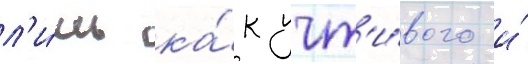
л'и́шь ка́к учт'и́вого и́